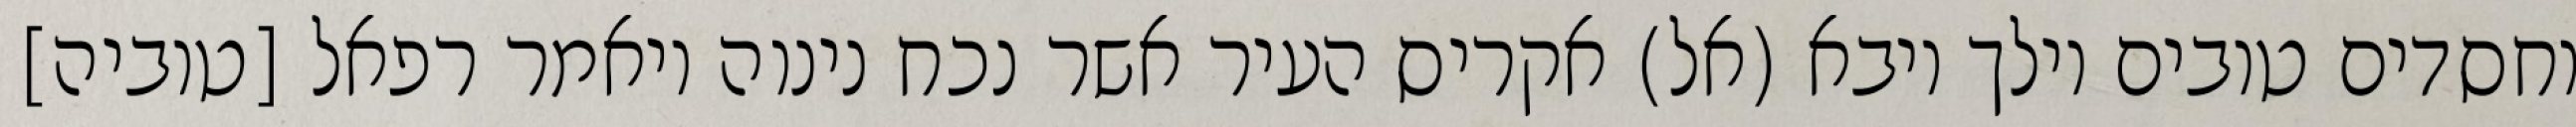
וחסדים טובים וילך ויבא (אל) אקריס העיר אשר נכח נינוה ויאמר רפאל [טוביה]